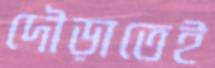
দৌড়াতেই